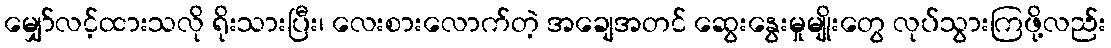
မျှော်လင့်ထားသလို ရိုးသားပြီး၊ လေးစားလောက်တဲ့ အချေအတင် ဆွေးနွေးမှုမျိုးတွေ လုပ်သွားကြဖို့လည်း